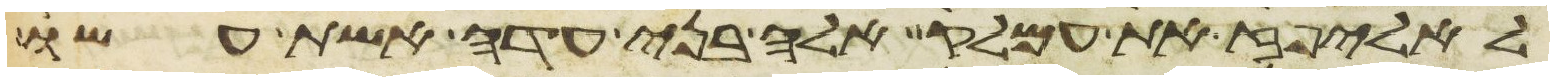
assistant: לאליפז את עמלק אלה בני עדה אשת עשו